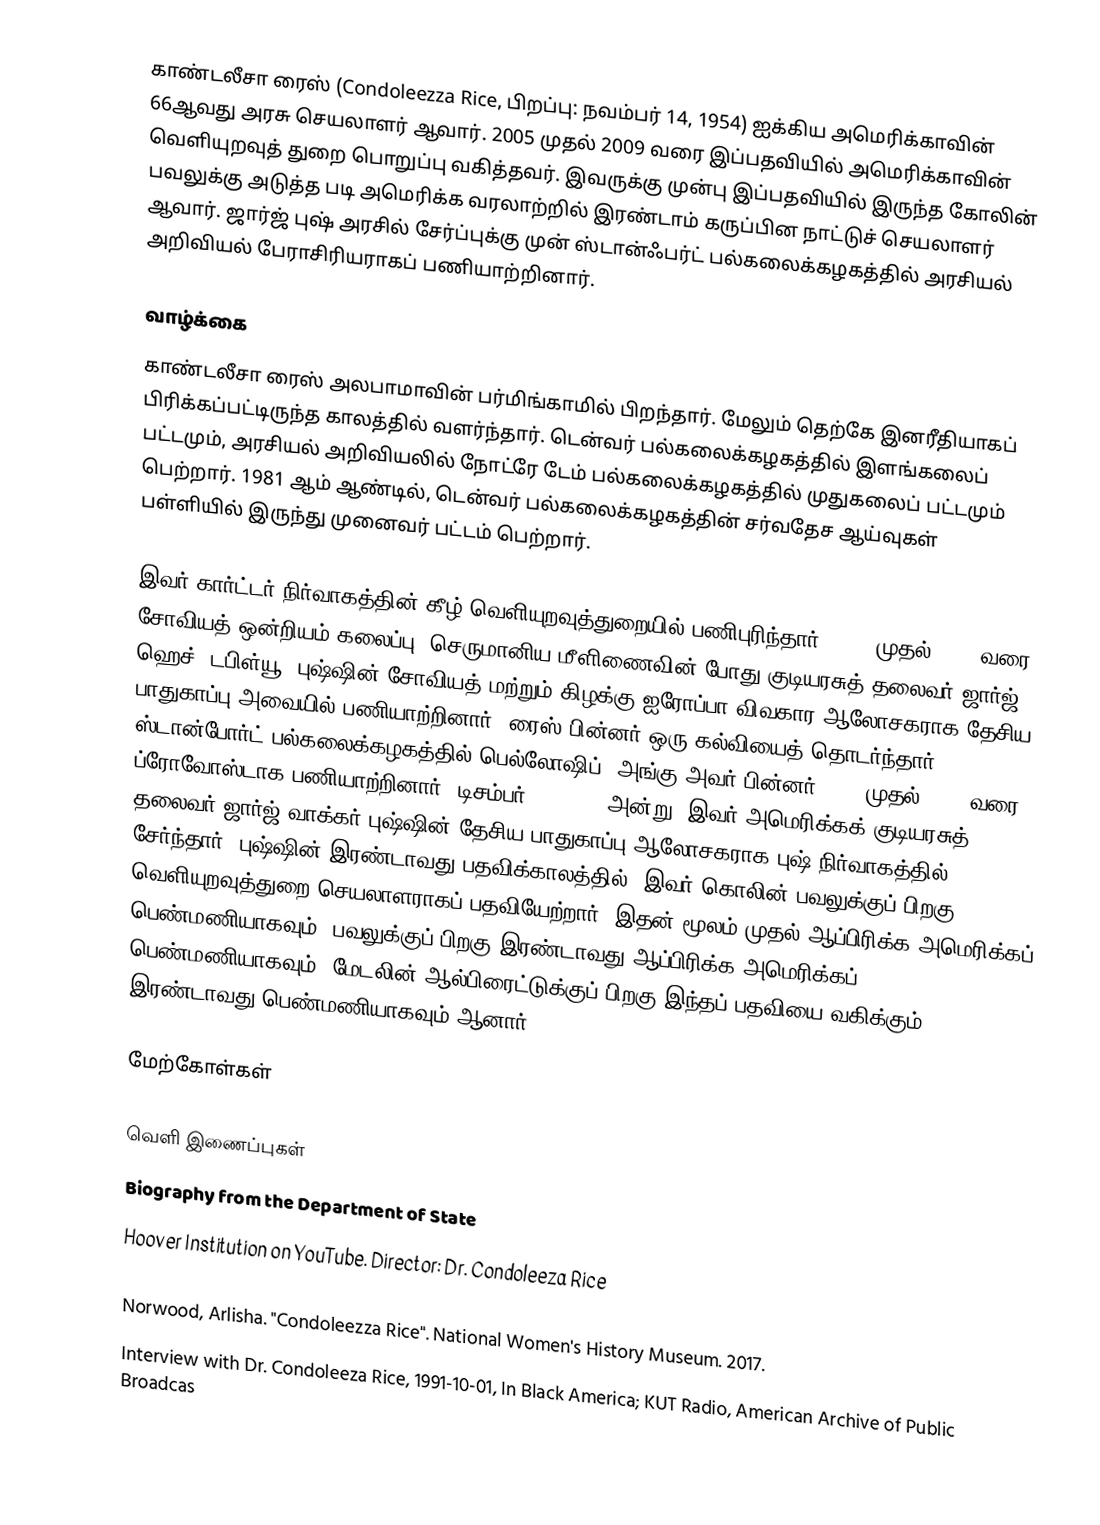
காண்டலீசா ரைஸ் (Condoleezza Rice, பிறப்பு: நவம்பர் 14, 1954) ஐக்கிய அமெரிக்காவின் 66ஆவது அரசு செயலாளர் ஆவார். 2005 முதல் 2009 வரை இப்பதவியில் அமெரிக்காவின் வெளியுறவுத் துறை பொறுப்பு வகித்தவர். இவருக்கு முன்பு இப்பதவியில் இருந்த கோலின் பவலுக்கு அடுத்த படி அமெரிக்க வரலாற்றில் இரண்டாம் கருப்பின நாட்டுச் செயலாளர் ஆவார். ஜார்ஜ் புஷ் அரசில் சேர்ப்புக்கு முன் ஸ்டான்ஃபர்ட் பல்கலைக்கழகத்தில் அரசியல் அறிவியல் பேராசிரியராகப் பணியாற்றினார்.

வாழ்க்கை
காண்டலீசா ரைஸ் அலபாமாவின்  பர்மிங்காமில் பிறந்தார். மேலும் தெற்கே இனரீதியாகப் பிரிக்கப்பட்டிருந்த காலத்தில் வளர்ந்தார். டென்வர் பல்கலைக்கழகத்தில் இளங்கலைப் பட்டமும், அரசியல் அறிவியலில் நோட்ரே டேம் பல்கலைக்கழகத்தில் முதுகலைப் பட்டமும் பெற்றார். 1981 ஆம் ஆண்டில், டென்வர் பல்கலைக்கழகத்தின் சர்வதேச ஆய்வுகள் பள்ளியில் இருந்து முனைவர் பட்டம் பெற்றார்.

இவர் கார்ட்டர் நிர்வாகத்தின் கீழ் வெளியுறவுத்துறையில் பணிபுரிந்தார். 1989 முதல் 1991 வரை சோவியத் ஒன்றியம் கலைப்பு,  செருமானிய மீளிணைவின் போது குடியரசுத் தலைவர் ஜார்ஜ் ஹெச். டபிள்யூ. புஷ்ஷின் சோவியத் மற்றும் கிழக்கு ஐரோப்பா விவகார ஆலோசகராக தேசிய பாதுகாப்பு அவையில் பணியாற்றினார். ரைஸ் பின்னர் ஒரு கல்வியைத் தொடர்ந்தார் ஸ்டான்போர்ட் பல்கலைக்கழகத்தில் பெல்லோஷிப், அங்கு அவர் பின்னர் 1993 முதல் 1999 வரை ப்ரோவோஸ்டாக பணியாற்றினார். டிசம்பர் 17, 2000 அன்று, இவர் அமெரிக்கக் குடியரசுத் தலைவர் ஜார்ஜ் வாக்கர் புஷ்ஷின் தேசிய பாதுகாப்பு ஆலோசகராக புஷ் நிர்வாகத்தில் சேர்ந்தார். புஷ்ஷின் இரண்டாவது பதவிக்காலத்தில், இவர் கொலின் பவலுக்குப் பிறகு வெளியுறவுத்துறை செயலாளராகப் பதவியேற்றார், இதன் மூலம் முதல் ஆப்பிரிக்க அமெரிக்கப் பெண்மணியாகவும், பவலுக்குப் பிறகு இரண்டாவது ஆப்பிரிக்க-அமெரிக்கப் பெண்மணியாகவும், மேடலின் ஆல்பிரைட்டுக்குப் பிறகு இந்தப் பதவியை வகிக்கும் இரண்டாவது பெண்மணியாகவும் ஆனார்.

மேற்கோள்கள்

வெளி இணைப்புகள்
 Biography from the Department of State
 Hoover Institution on YouTube. Director: Dr. Condoleeza Rice

 Norwood, Arlisha. "Condoleezza Rice". National Women's History Museum. 2017.
Interview with Dr. Condoleeza Rice, 1991-10-01, In Black America; KUT Radio, American Archive of Public Broadcas